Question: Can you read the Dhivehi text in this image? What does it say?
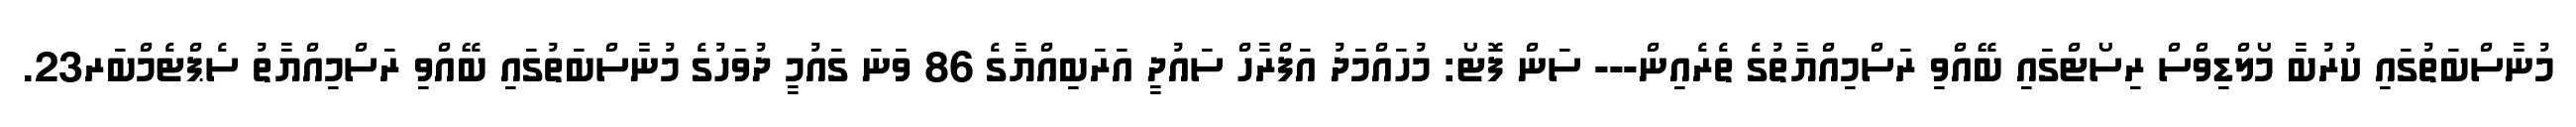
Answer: މުނާސްބަތުގައި ކުރުބާ މޯލްޑިވްސް ރިސޯޓްގައި ބޭއްވި ރަސްމިއްޔާތުގެ ތެރެއިން--- ސަން ފޮޓޯ: މުހައްމަދު އަފްރާހް ސައުދީ އަރަބިއްޔާގެ 86 ވަނަ ގައުމީ ދުވަހުގެ މުނާސްބަތުގައި ބޭއްވި ރަސްމިއްޔާތު ސެޕްޓެމްބަރ23.